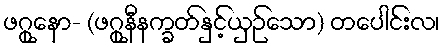
ဖဂ္ဂုနော- (ဖဂ္ဂုနီနက္ခတ်နှင့်ယှဉ်သော) တပေါင်းလ၊